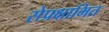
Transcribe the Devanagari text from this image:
सेप्रक्षाभित